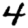
Digit: 4